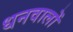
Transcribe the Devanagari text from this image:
धनवालों